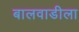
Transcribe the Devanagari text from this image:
बालवाडीला